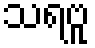
သရဗူ